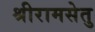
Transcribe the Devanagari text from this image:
श्रीरामसेतु